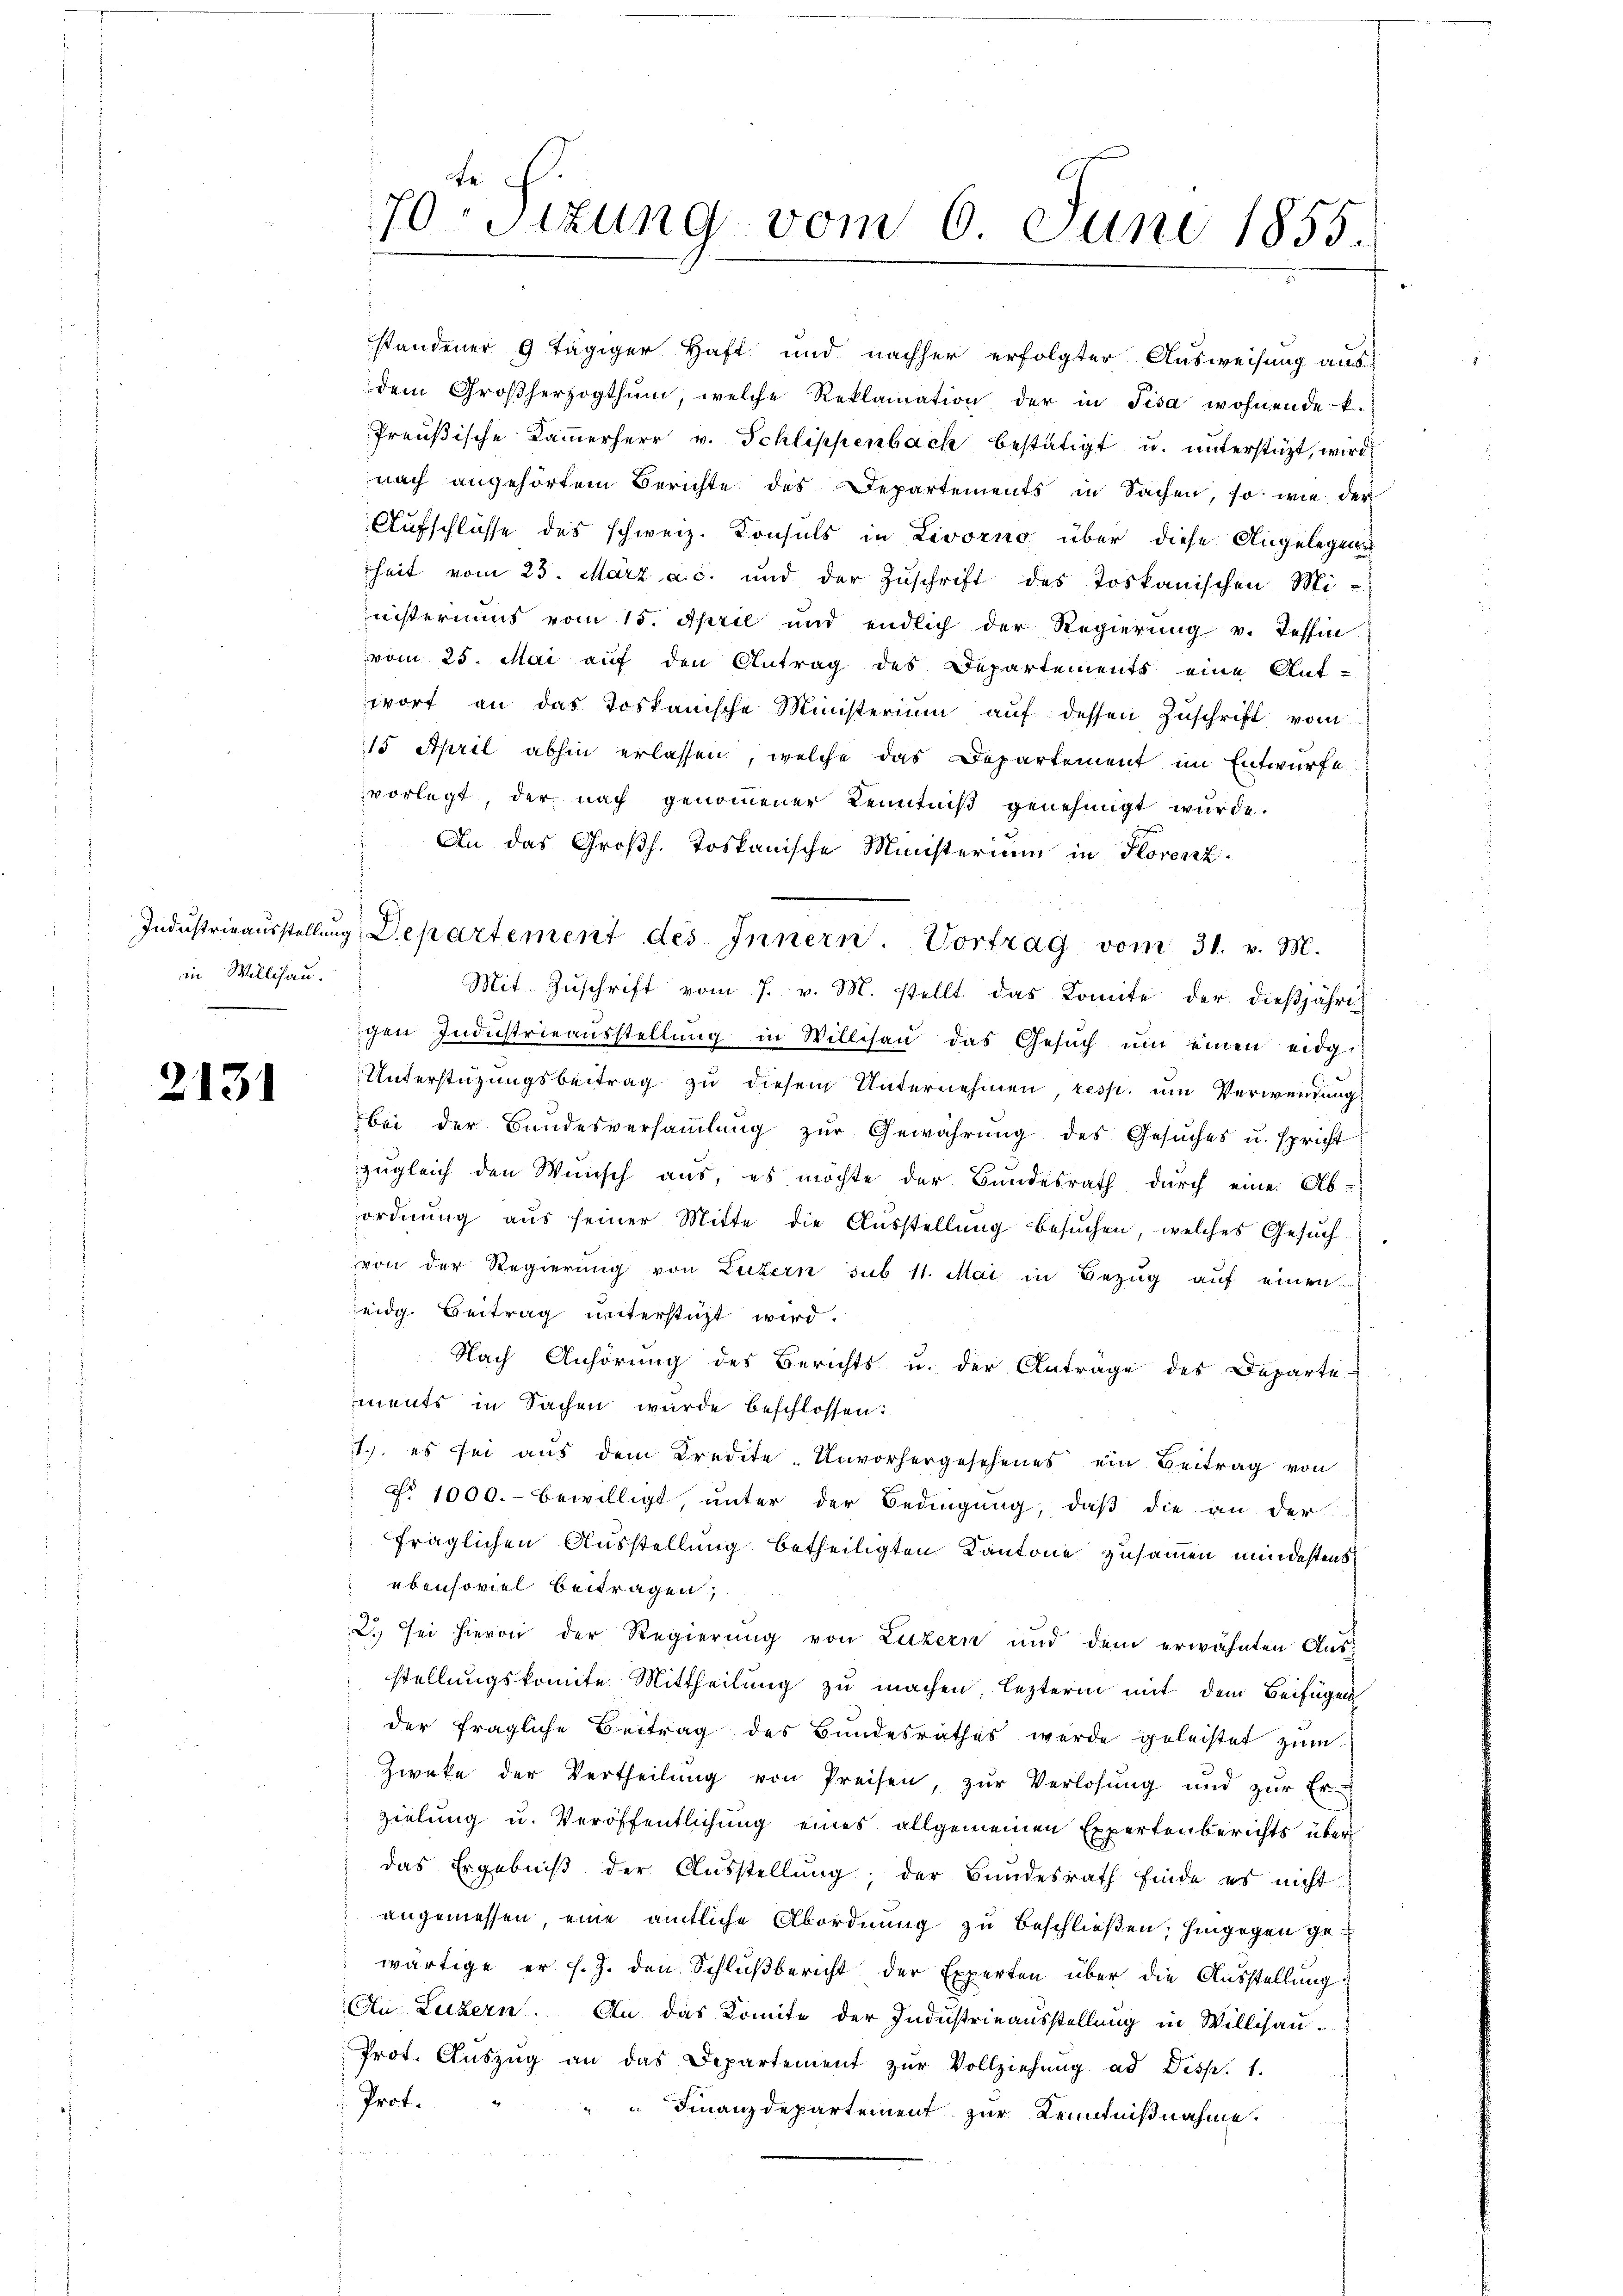
in Willisau.

2131

standener 9 tägiger Haft und nachher erfolgter Ausweisung aus-
dem Großherzogthum, welche Reklamation der in Pisa wohnende k.
Preußische Kammerherr v. Schlippenbach bestätigt u. unterstützt, wird
nach angehörtem Berichte des Departements in Sachen, so wie der
Aufschlüsse des schweiz. Konsuls in Livorno über diese Angelegen
heit vom 23. März a. c. und der Zŭschrift des toskanischen Mi-
nisteriums vom 15. April und endlich der Regierung v. Tessin
vom 25. Mai auf den Antrag des Departements eine Auf-
wort an das Tostanische Ministerium auf dessen Zuschrift vom
15 April abhin erlassen, welche das Departement im Entwurfe
vorlegt, der nach genommener Kenntniß genehmigt wurde.
An das Großh. Toskanische Ministerium in Horenz¬
Industrieaŭsstellŭng, Departement des Innern. Vortrag vom 31. v. M.
Mit Zŭschrift vom 7. v. M. stellt das Komite der dießjährigen Industrieausstellung in Willisau das Gesŭch ŭm einen eidg.
Unterstüzungsbeitrag zu diesem Unternehmen, resp. um Verwendung
bei der Bundesversaṁlŭng zŭr Gewährŭng des Gesŭches u. spricht
zugleich den Wunsch aus, es möchte der Bundesrath durch eine Ab-
ordnung aus seiner Mitte die Ausstellung besuchen, welches Gesuch
von der Regierung von Luzern sub 11. Mai in Bezug auf einen
eidg. Beitrag unterstüzt wird.
Nach Anhörung des Berichts u. der Anträge des Departe
ments in Sachen wurde beschlossen:
1) es sei aus dem Kredete. Unvorhergesehenes ein Beitrag von
No 1000.- bewilligt, unter der Bedingung, daß die an der
fraglichen Ausstellung betheiligten Kantone zusammen mindestens
ebensoviel beitragen,
2. sei hievon der Regierŭng von Luzern und dem erwähnten Aŭs-
stellungskomite Mittheilung zu machen lezterm mit dem Beifügen
der fragliche Beitrag des Bundesrathes werde geleistet zum
Zweke der Vertheilŭng von Preisen, zŭr Verlosung und zŭr Er
zielung u. Veröffentlichung eines allgemeinen Expertenberichts über
das Ergebniβ der Aŭsstellŭng, der Bundesrath finde es nicht
angemessen, eine amtliche Abordnung zu beschließen; hingegen gewärtige er s.Z. den Schlußbericht der Experten über die Ausstellung
Au Luzern. An das Komite der Industrieausstellung in Willisau.
Prot. Aŭszŭg an das Departement zŭr Vollziehŭng ad Disp. 1.
Prof.
 Finanzdepartement zur Kenntnißnahme.

e
70sizung vom 6. Juni 1855.